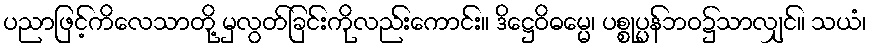
ပညာဖြင့်ကိလေသာတို့ မှလွတ်ခြင်းကိုလည်းကောင်း။ ဒိဋ္ဌေဝိဓမ္မေ၊ ပစ္စုပ္ပန်ဘဝ၌သာလျှင်။ သယံ၊